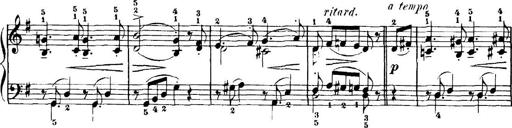
Title: 7 Sonatinas
Composer: Anton Diabelli